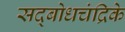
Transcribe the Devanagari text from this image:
सद्बोधचंद्रिके